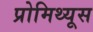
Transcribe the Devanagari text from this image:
प्रोमिथ्यूस